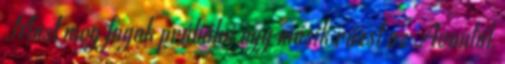
Most meg fogok próbálni egy másik rúzst az Avontól,